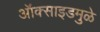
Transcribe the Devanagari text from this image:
ऑक्साइडमुळे